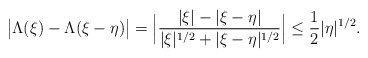
\begin{align*}\big|\Lambda(\xi)-\Lambda(\xi-\eta)\big| = \Big|\frac{|\xi|-|\xi-\eta|}{|\xi|^{1/2}+|\xi-\eta|^{1/2}}\Big| \leq \frac{1}{2}|\eta|^{1/2}.\end{align*}